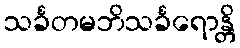
သင်္ခတမဘိသင်္ခရောန္တိ